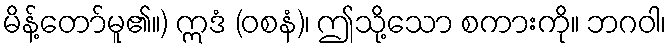
မိန့်တော်မူ၏။) ဣဒံ (ဝစနံ)၊ ဤသို့သော စကားကို။ ဘဂဝါ၊